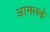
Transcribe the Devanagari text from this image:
आमलके